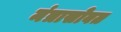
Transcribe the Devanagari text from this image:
मंत्रासोबत